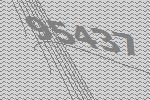
95437